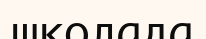
школада